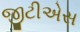
જીટીએસ